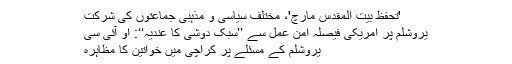
'تحفظ بیت المقدس مارچ'، مختلف سیاسی و مذہبی جماعتوں کی شرکت
یروشلم پر امریکی فیصلہ امن عمل سے ’’سبک دوشی کا عندیہ‘‘: او آئی سی
یروشلم کے مسئلے پر کراچی میں خواتین کا مظاہرہ